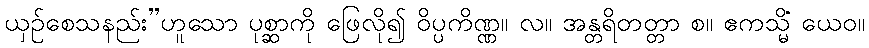
ယှဉ်စေသနည်း’’ဟူသော ပုစ္ဆာကို ဖြေလို၍ ဝိပ္ပကိဏ္ဏ။ လ။ အန္တရိတတ္တာ စ။ ဧကသ္မိံ ယေဝ။